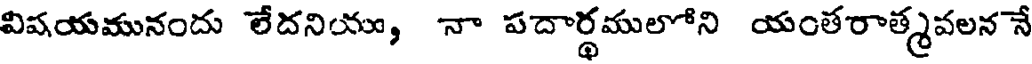
విషయమునందు లేదనియు, నా పదార్థములోని యంతరాత్మవలన నే